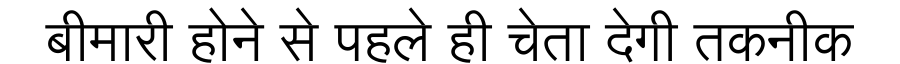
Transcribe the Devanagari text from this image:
बीमारी होने से पहले ही चेता देगी तकनीक